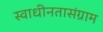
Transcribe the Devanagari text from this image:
स्वाधीनतासंग्राम